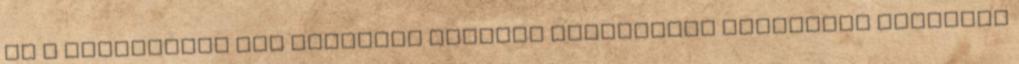
Ha a dokumentum sok simított ponttal rendelkező összetett görbéket